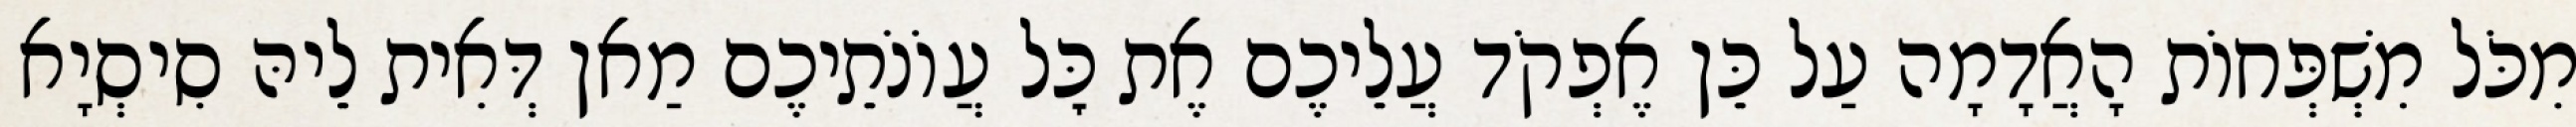
מִכֹּל מִשְׁפְּחוֹת הָאֲדָמָה עַל כֵּן אֶפְקֹד עֲלֵיכֶם אֶת כׇּל עֲוֹנֹתֵיכֶם מַאן דְּאִית לֵיהּ סִיסְיָא